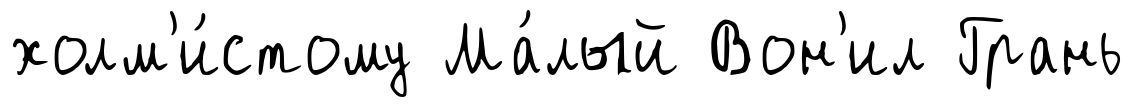
холм'и́стому Ма́лый Вон'ил Грань